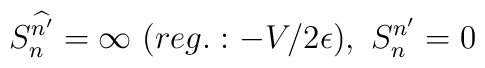
S_{n}^{\widehat{n'}}=\infty\ (reg.:-V/2\epsilon),\ S_{n}^{n'}=0